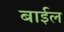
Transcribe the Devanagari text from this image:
बाईल